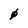
Character: 0